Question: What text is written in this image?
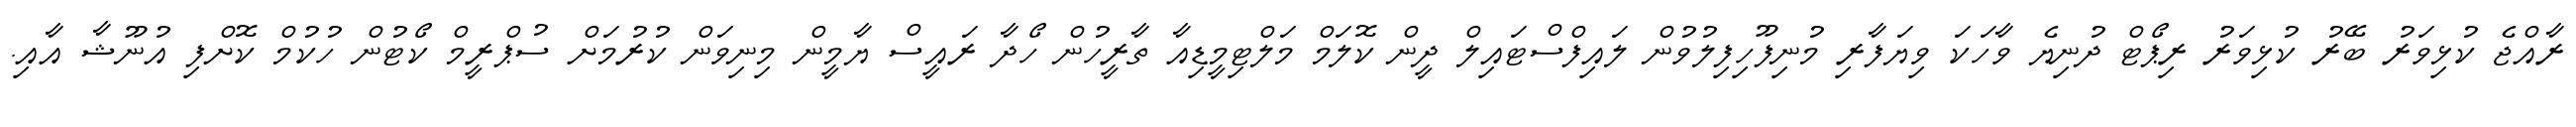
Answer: ރާއްޖެ ކުޅިވަރު ބޭރު ކުޅިވަރު ރިޕޯޓް ދުނިޔެ ވާހަކަ ވިޔަފާރި މުނިފޫހިފިލުވުން ލައިފްސްޓައިލް ދީން ކޮލަމް މަލްޓިމީޑިއާ ތާރީހުން ހޯދާ ރައީސް ޔާމީން މިނިވަން ކުރުމަށް ސުޕްރީމް ކޯޓުން ހުކުމް ކޮށްފި އުނޫޝާ އާއި.